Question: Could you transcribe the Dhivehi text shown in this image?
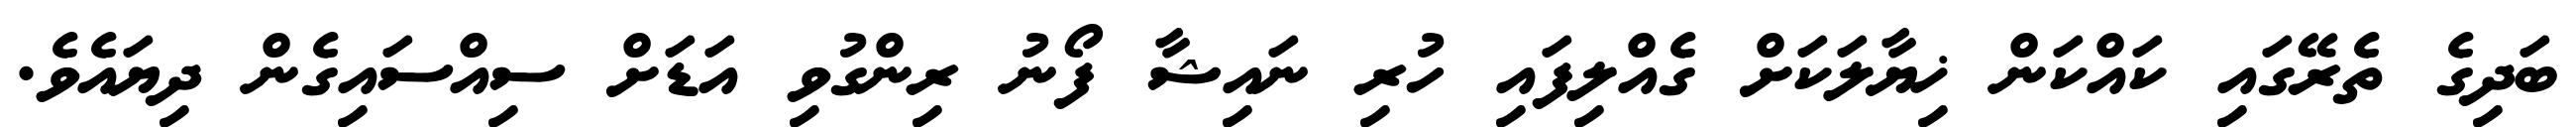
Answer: ބަދިގެ ތެރޭގައި ކައްކަން ޚިޔާލަކަށް ގެއްލިފައި ހުރި ނައިޝާ ފޯނު ރިންގުވި އަޑަށް ސިއްސައިގެން ދިޔައެވެ.